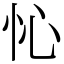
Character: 㤈